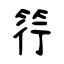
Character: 筕